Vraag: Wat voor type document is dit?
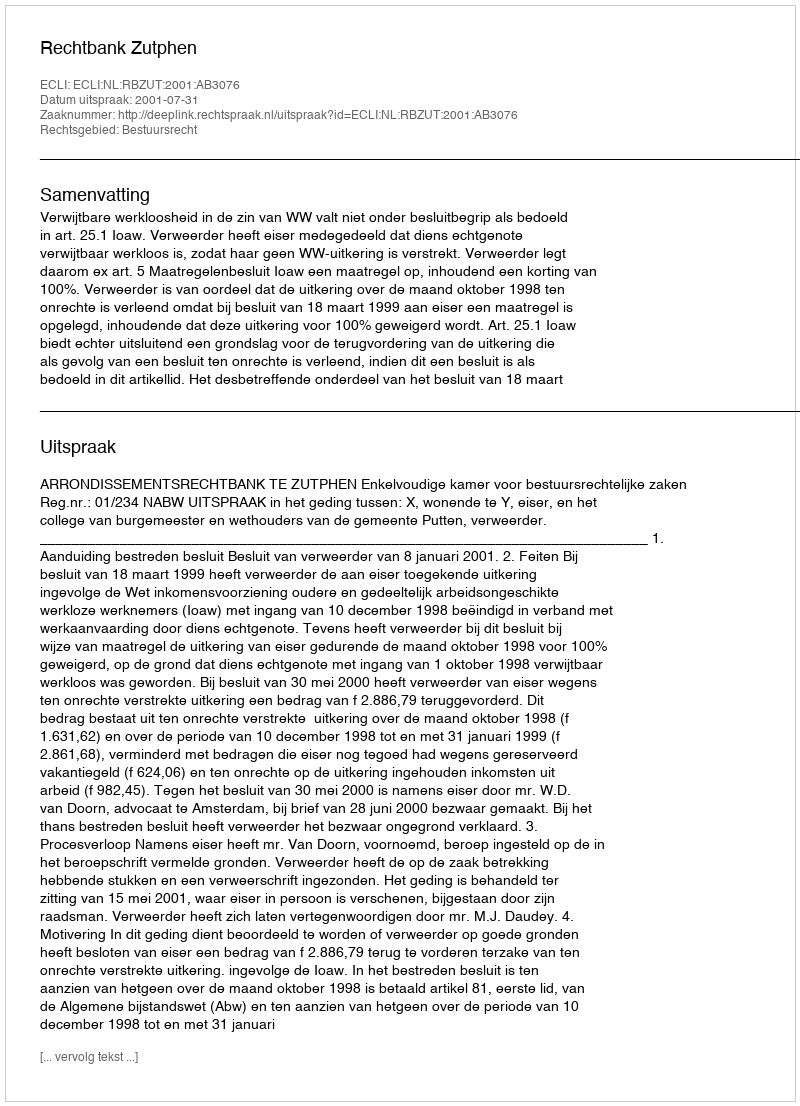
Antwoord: Uitspraak